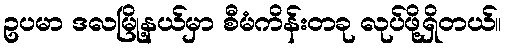
ဥပမာ ဒလမြို့နယ်မှာ စီမံကိန်းတခု လုပ်ဖို့ရှိတယ်။